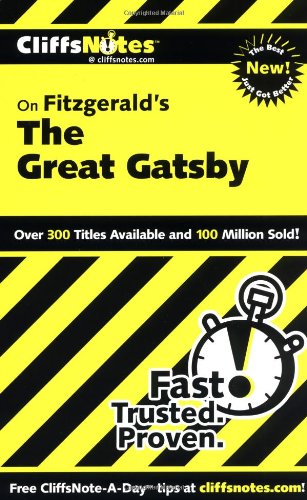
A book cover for CliffsNotes on Fitzgerald's The Great Gatsby (Cliffsnotes Literature Guides); Kate Maurer; Literature & Fiction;